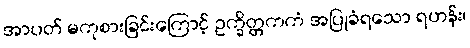
အာပတ် မကုစားခြင်းကြောင့် ဥက္ခိတ္တကကံ အပြုခံရသော ရဟန်း၊